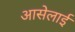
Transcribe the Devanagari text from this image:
आसेलाई